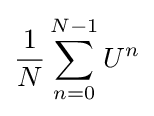
{\frac {1}{N}}\sum _{n=0}^{N-1}U^{n}